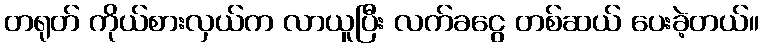
တရုတ် ကိုယ်စားလှယ်က လာယူပြီး လက်ခငွေ တစ်ဆယ် ပေးခဲ့တယ်။